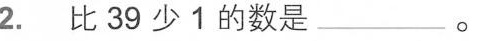
2. 比39少1的数是___。